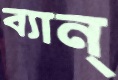
ব্যান্